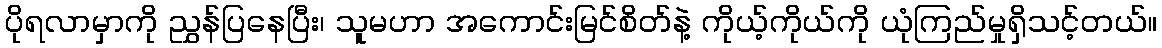
ပိုရလာမှာကို ညွှန်ပြနေပြီး၊ သူမဟာ အကောင်းမြင်စိတ်နဲ့ ကိုယ့်ကိုယ်ကို ယုံကြည်မှုရှိသင့်တယ်။